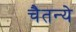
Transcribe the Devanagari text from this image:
चैतन्ये